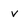
Character: v